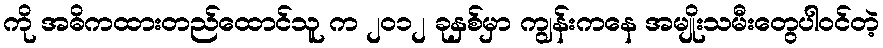
ကို အဓိကထားတည်ထောင်သူ က ၂၀၁၂ ခုနှစ်မှာ ကျွန်းကနေ အမျိုးသမီးတွေပါဝင်တဲ့